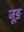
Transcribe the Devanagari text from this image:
जूङ